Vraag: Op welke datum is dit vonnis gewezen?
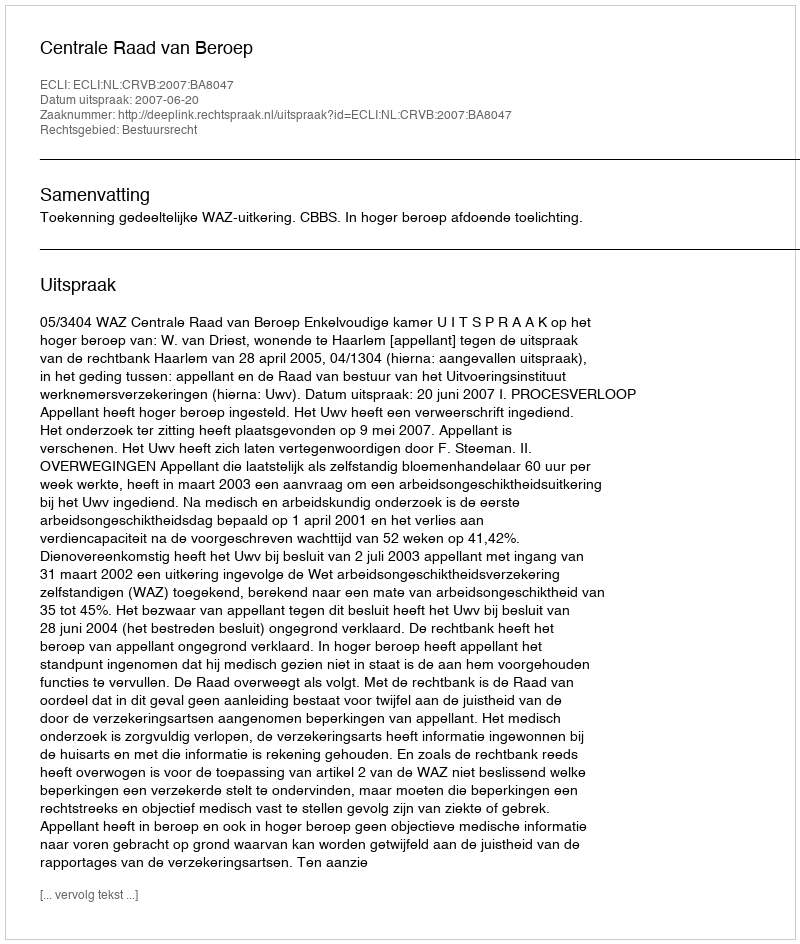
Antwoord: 2007-06-20